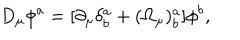
LaTeX: D _ { \mu } \phi ^ { a } = [ \partial _ { \mu } \delta _ { b } ^ { a } + ( \Omega _ { \mu } ) _ { b } ^ { a } ] \phi ^ { b } ,